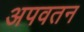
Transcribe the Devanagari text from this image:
अपवतन